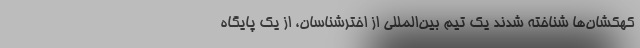
کهکشان‌ها شناخته شدند یک تیم بین‌المللی از اخترشناسان، از یک پایگاه